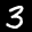
Label: 3